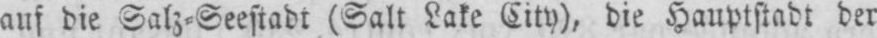
auf die Salz⸗Seestadt (Salt Lake City), die Hauptstadt der